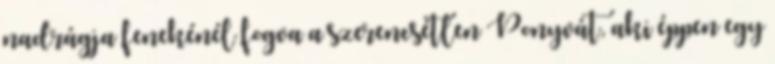
nadrágja fenekénél fogva a szerencsétlen Ponyvát, aki éppen egy